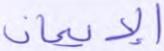
الإيمان